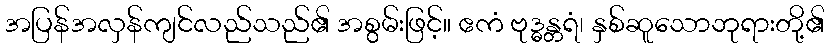
အပြန်အလှန်ကျင်လည်သည်၏ အစွမ်းဖြင့်။ ဧကံ ဗုဒ္ဓန္တရံ၊ နှစ်ဆူသောဘုရားတို့၏